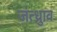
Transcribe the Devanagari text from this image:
जंत्ध्रुाव